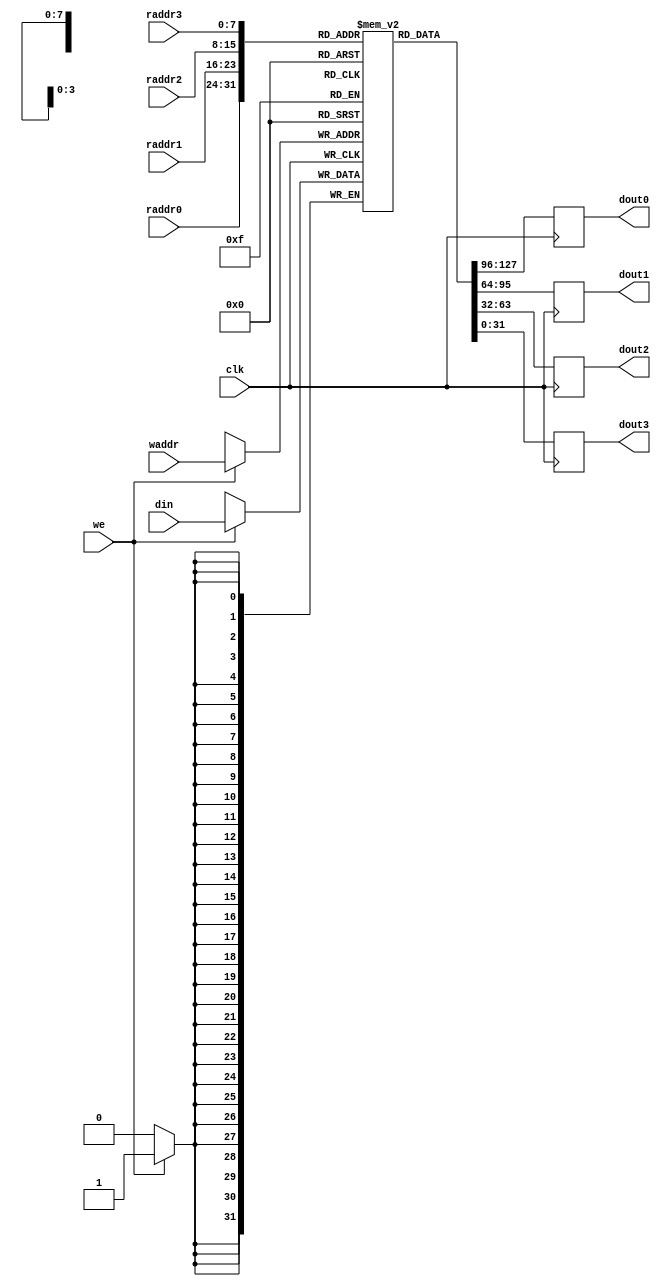
module ram (input clk,
            input [7:0] raddr0,
            input [7:0] raddr1,
            input [7:0] raddr2,
            input [7:0] raddr3,
            input [7:0] waddr,
            input we,
            input [31:0] din,
            output reg [31:0] dout0,
            output reg [31:0] dout1,
            output reg [31:0] dout2,
            output reg [31:0] dout3);
    
    reg [31:0] M [0:255];

    // Initialization for testing
    genvar i;
    generate
    for (i = 0; i < 256; i = i + 1) begin : generate_ram_initializer
        initial M[i] = 0;
    end
    endgenerate
    
    always @(posedge clk)
    begin
        dout0 <= M[raddr0];
        dout1 <= M[raddr1];
        dout2 <= M[raddr2];
        dout3 <= M[raddr3];
    end
    
    always @(posedge clk)
        if (we)
            M[waddr] <= din;
    
endmodule